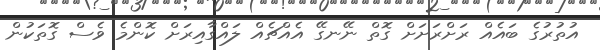
އުތުރުގެ ބައެއް ރަށްރަށަށް ގޮތް ނޭނގޭ އެއްޗެއް ލައްގާއިރަށް ކޮންމެ ވެސް ގޮތަކުން